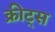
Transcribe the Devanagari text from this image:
क्रीट्स